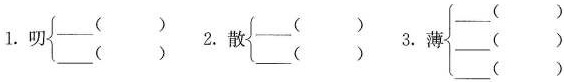
1.叨\left\{\begin{matrix}___()\\___()\end{matrix}\right. 2.散\left\{\begin{matrix}___()\\___()\end{matrix}\right. 3.薄\left\{\begin{matrix}___()\\___()\\___()\end{matrix}\right.